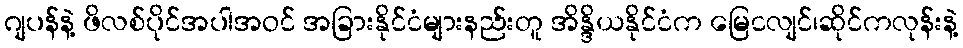
ဂျပန်နဲ့ ဖိလစ်ပိုင်အပါအဝင် အခြားနိုင်ငံများနည်းတူ အိန္ဒိယနိုင်ငံက မြေငလျင်၊ဆိုင်ကလုန်းနဲ့